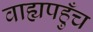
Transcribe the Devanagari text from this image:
वाह्यपहुँच